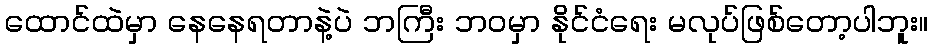
ထောင်ထဲမှာ နေနေရတာနဲ့ပဲ ဘကြီး ဘဝမှာ နိုင်ငံရေး မလုပ်ဖြစ်တော့ပါဘူး။